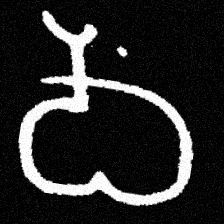
Pyu character \u2014 Myanmar letter: ဝ (romanized: wa)